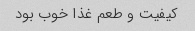
کیفیت و طعم غذا خوب بود